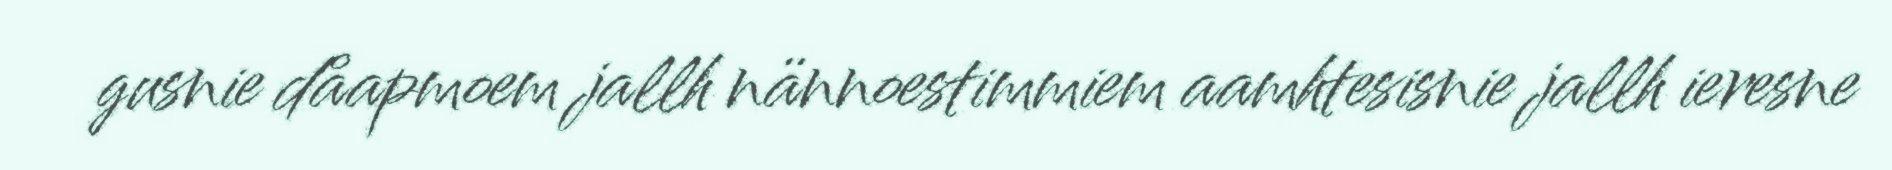
gusnie dåapmoem jallh nännoestimmiem aamhtesisnie jallh ieresne